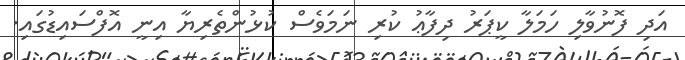
އަދި ފޮނުވާލި ހަމަލާ ކީޕަރު ދިފާޢު ކުރި ނަމަވެސް ކުޅުންތެރިޔާ އިނީ އޮފްސައިޑުގައި.